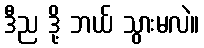
ဒီည ဒို့ ဘယ် သွားမလဲ။